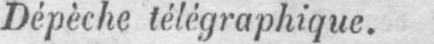
Dépèche télégraphique.